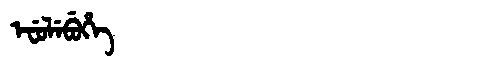
Manchu: ᡝᠸᡠᠯᡝᠪᡠᡥᡝ
Romanization: EFULEBUHE